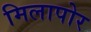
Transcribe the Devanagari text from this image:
मिलापोर